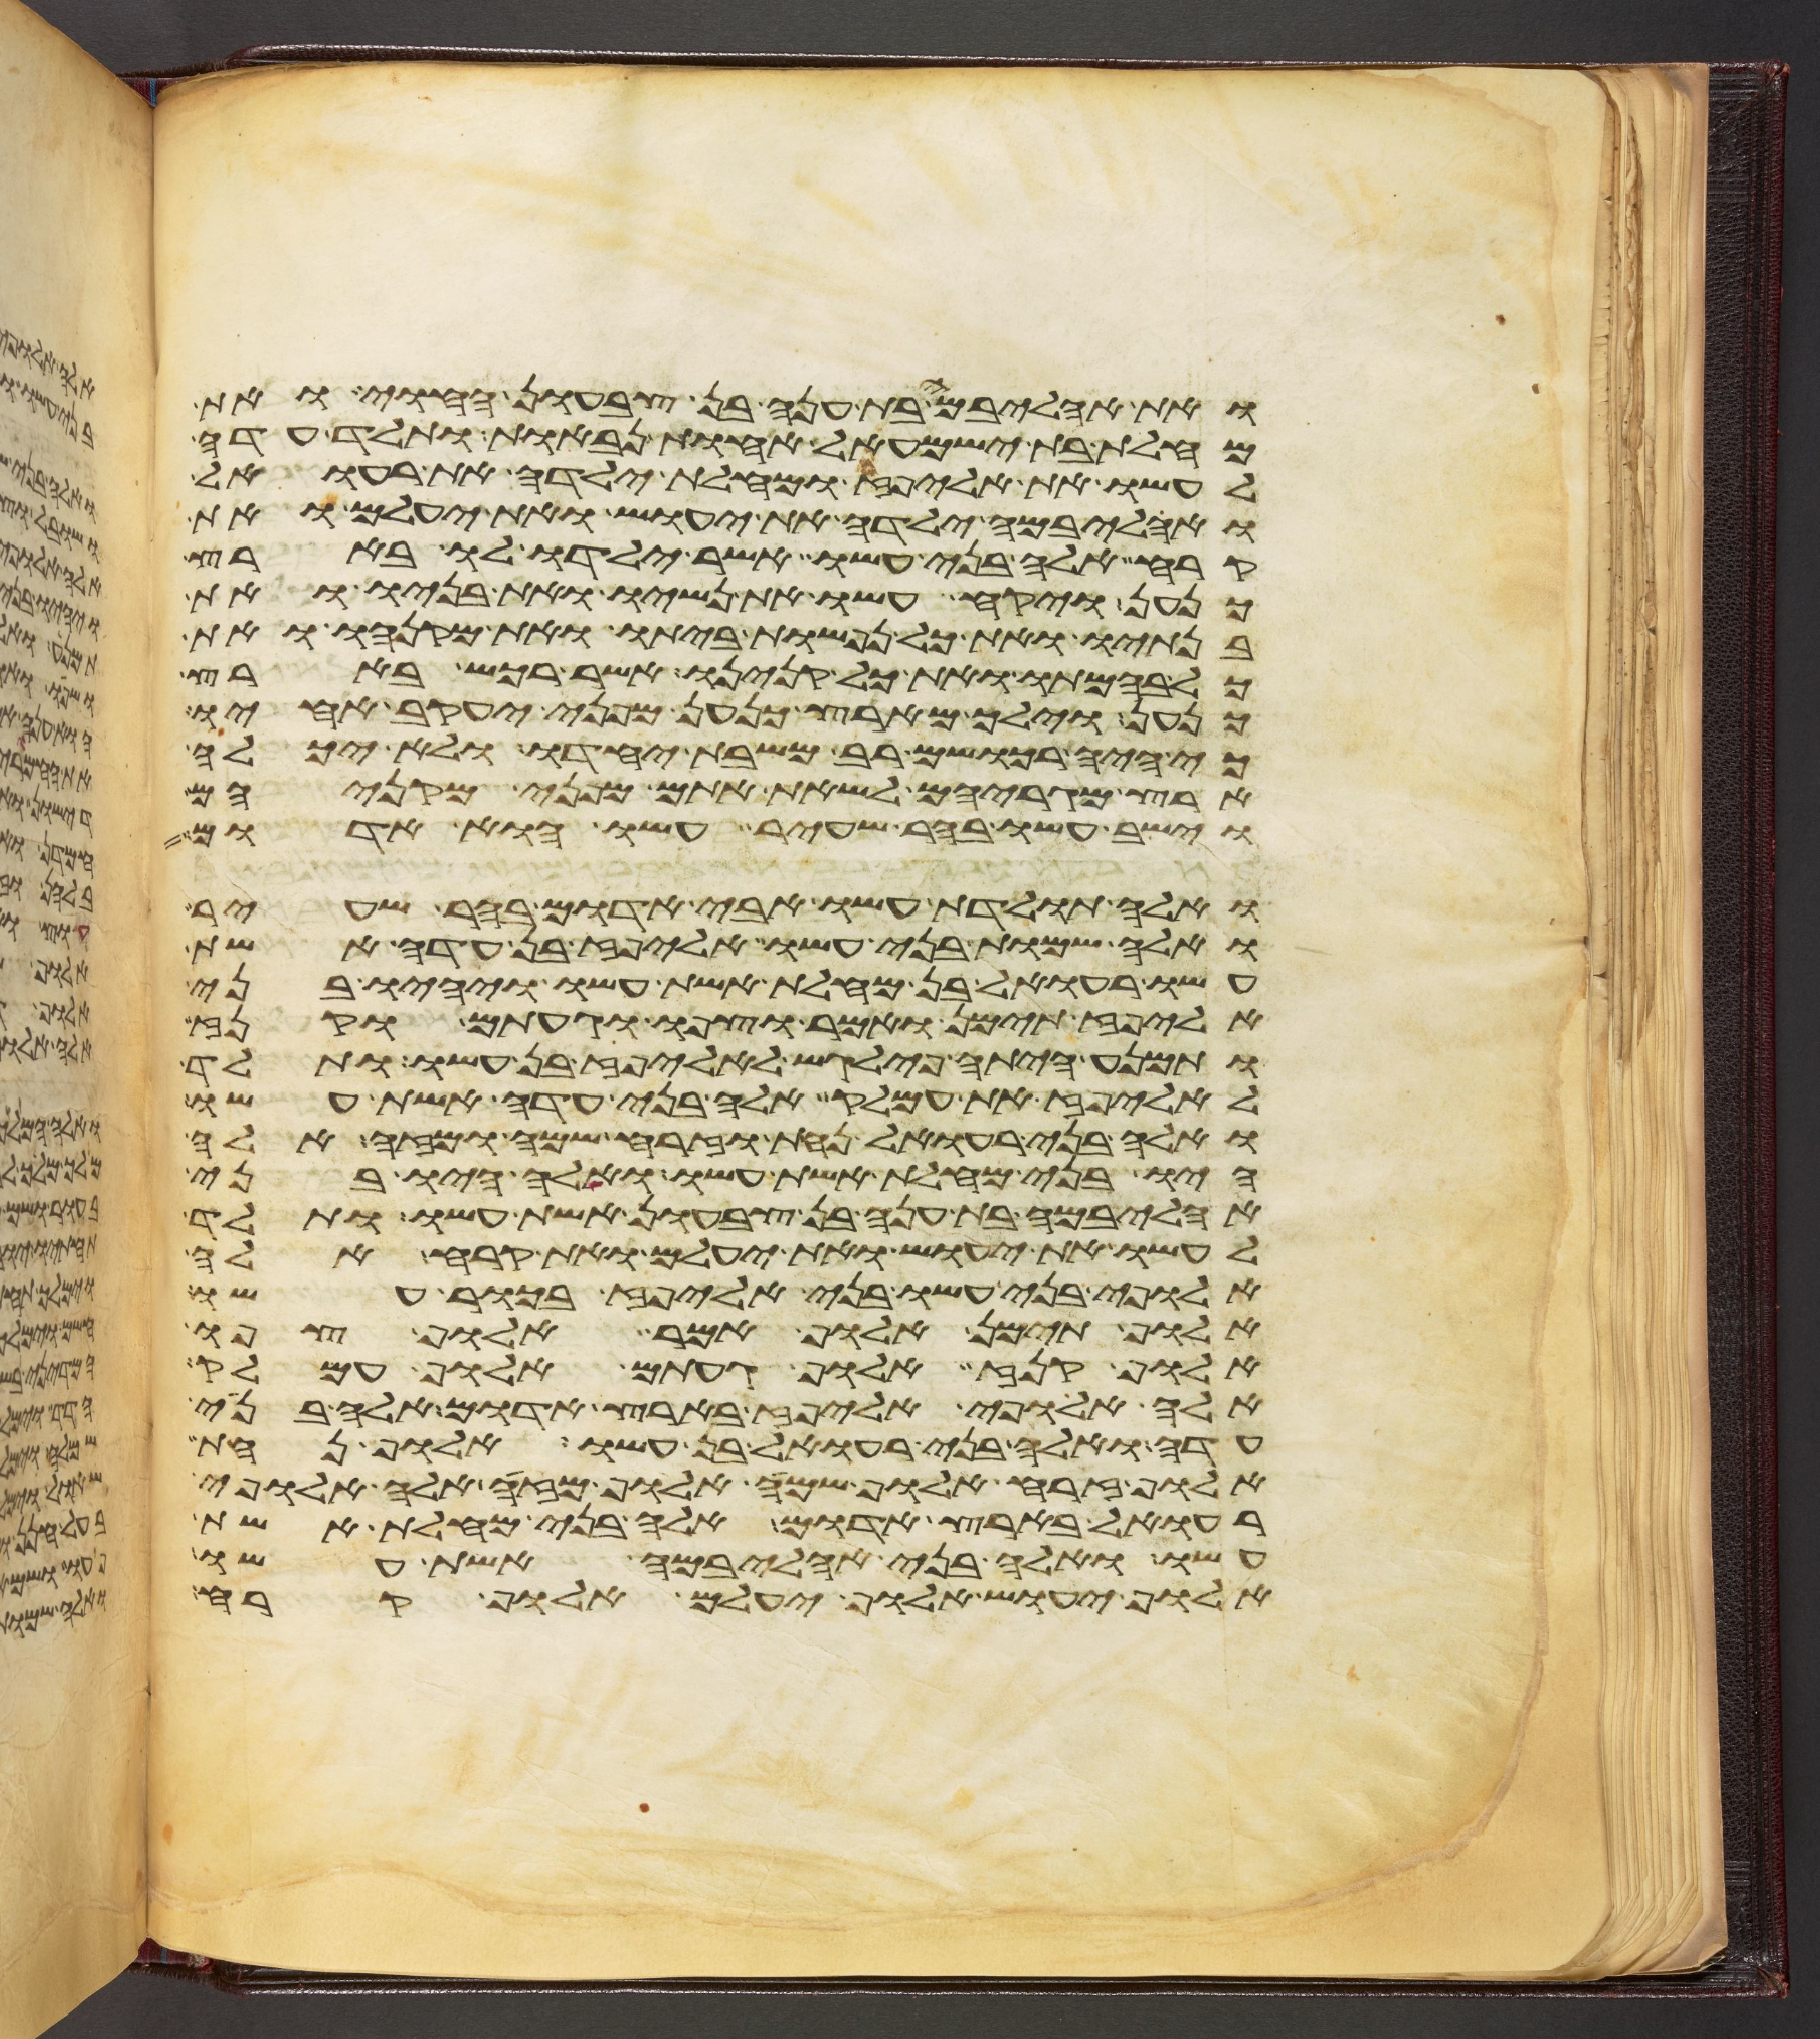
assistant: ואת אהליבמה בת ענה בן צבעון החוי ואת
מחלת בת ישמעאל אחות נבאות ותלד עדה
לעשו את אליפז ומחלת ילדה את רעואל
ואהליבמה ילדה את יעוש ואת יעלם ואת
קרח אלה בני עשו אשר ילדו לו בארץ
כנען ויקח עשו את נשיו ואת בניו ואת
בנתיו ואת כל נפשות ביתו ואת מקנהו ואת
כל בהמתו ואת כל קנינו אשר רכש בארץ
כנען וילך מארץ כנען מפני יעקב אחיו
כי היה רכושם רב משבת יחדו ולא יכלה
ארץ מגריהם לשאת אתם מפני מקניהם
וישב עשו בהר שעיר עשו הוא אדום
ואלה תולדת עשו אבי אדום בהר שעיר
ואלה שמות בני עשו אליפז בן עדה אשת
עשו רעואל בן מחלת אשת עשו ויהיו בני
אליפז תימן ואמר וצפו וגעתם וקנז
ותמנע היתה פילגש לאליפז בן עשו ותלד
לאליפז את עמלק אלה בני עדה אשת עשו
ואלה בני רעואל נחת וזרח שמח ומזה אלה
היו בני מחלת אשת עשו ואלה היו בני
אהליבמה בת ענה בן צבעון אשת עשו ותלד
לעשו את יעוש ואת יעלם ואת קרח אלה
אלופי בני עשו בני אליפז בכור עשו
אלוף תימן אלוף אמר אלוף צפו
אלוף קנז אלוף געתם אלוף עמלק
אלה אלופי אליפז בארץ אדום אלה בני
עדה ואלה בני רעואל בן עשו אלוף נחת
אלוף זרח אלוף שמח אלוף מזה אלה אלופי
רעואל בארץ אדום אלה בני מחלת אשת
עשו ואלה בני אהליבמה אשת עשו
אלוף יעוש אלוף יעלם אלוף קרח